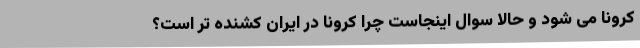
کرونا می شود و حالا سوال اینجاست چرا کرونا در ایران کشنده تر است؟